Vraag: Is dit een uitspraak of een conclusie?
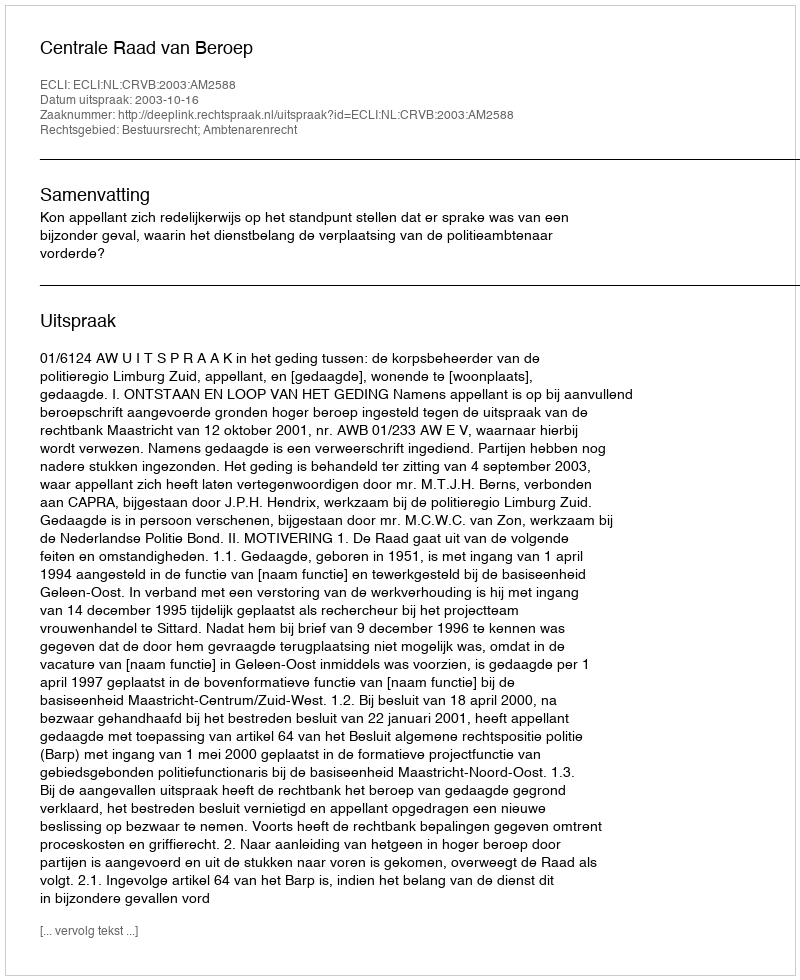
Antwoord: Uitspraak